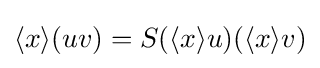
\langle x\rangle (uv)=S(\langle x\rangle u)(\langle x\rangle v)